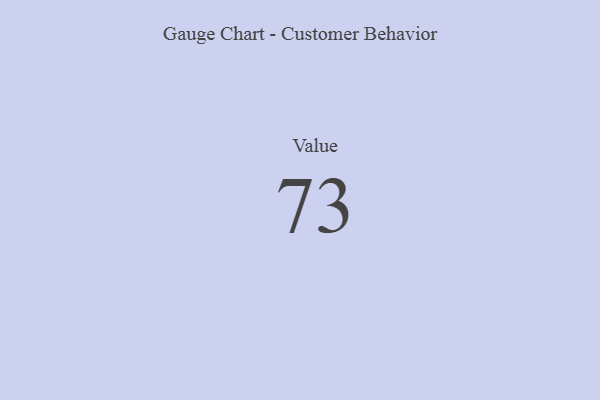
{"axis": {"x": "Metric", "y": "Value"}, "legend": [""], "data": [{"x": "Value", "y": 73, "type": ""}]}